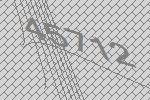
45712